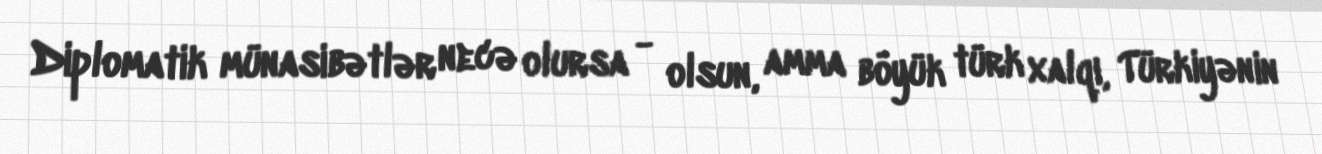
Diplomatik münasibətlər necə olursa - olsun, amma böyük türk xalqı, Türkiyənin